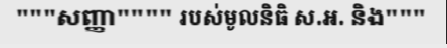
"""សញ្ញា"""" របស់មូលនិធិ ស.អ. និង"""